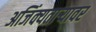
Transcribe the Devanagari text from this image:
अजिंक्यतार्‍यावर